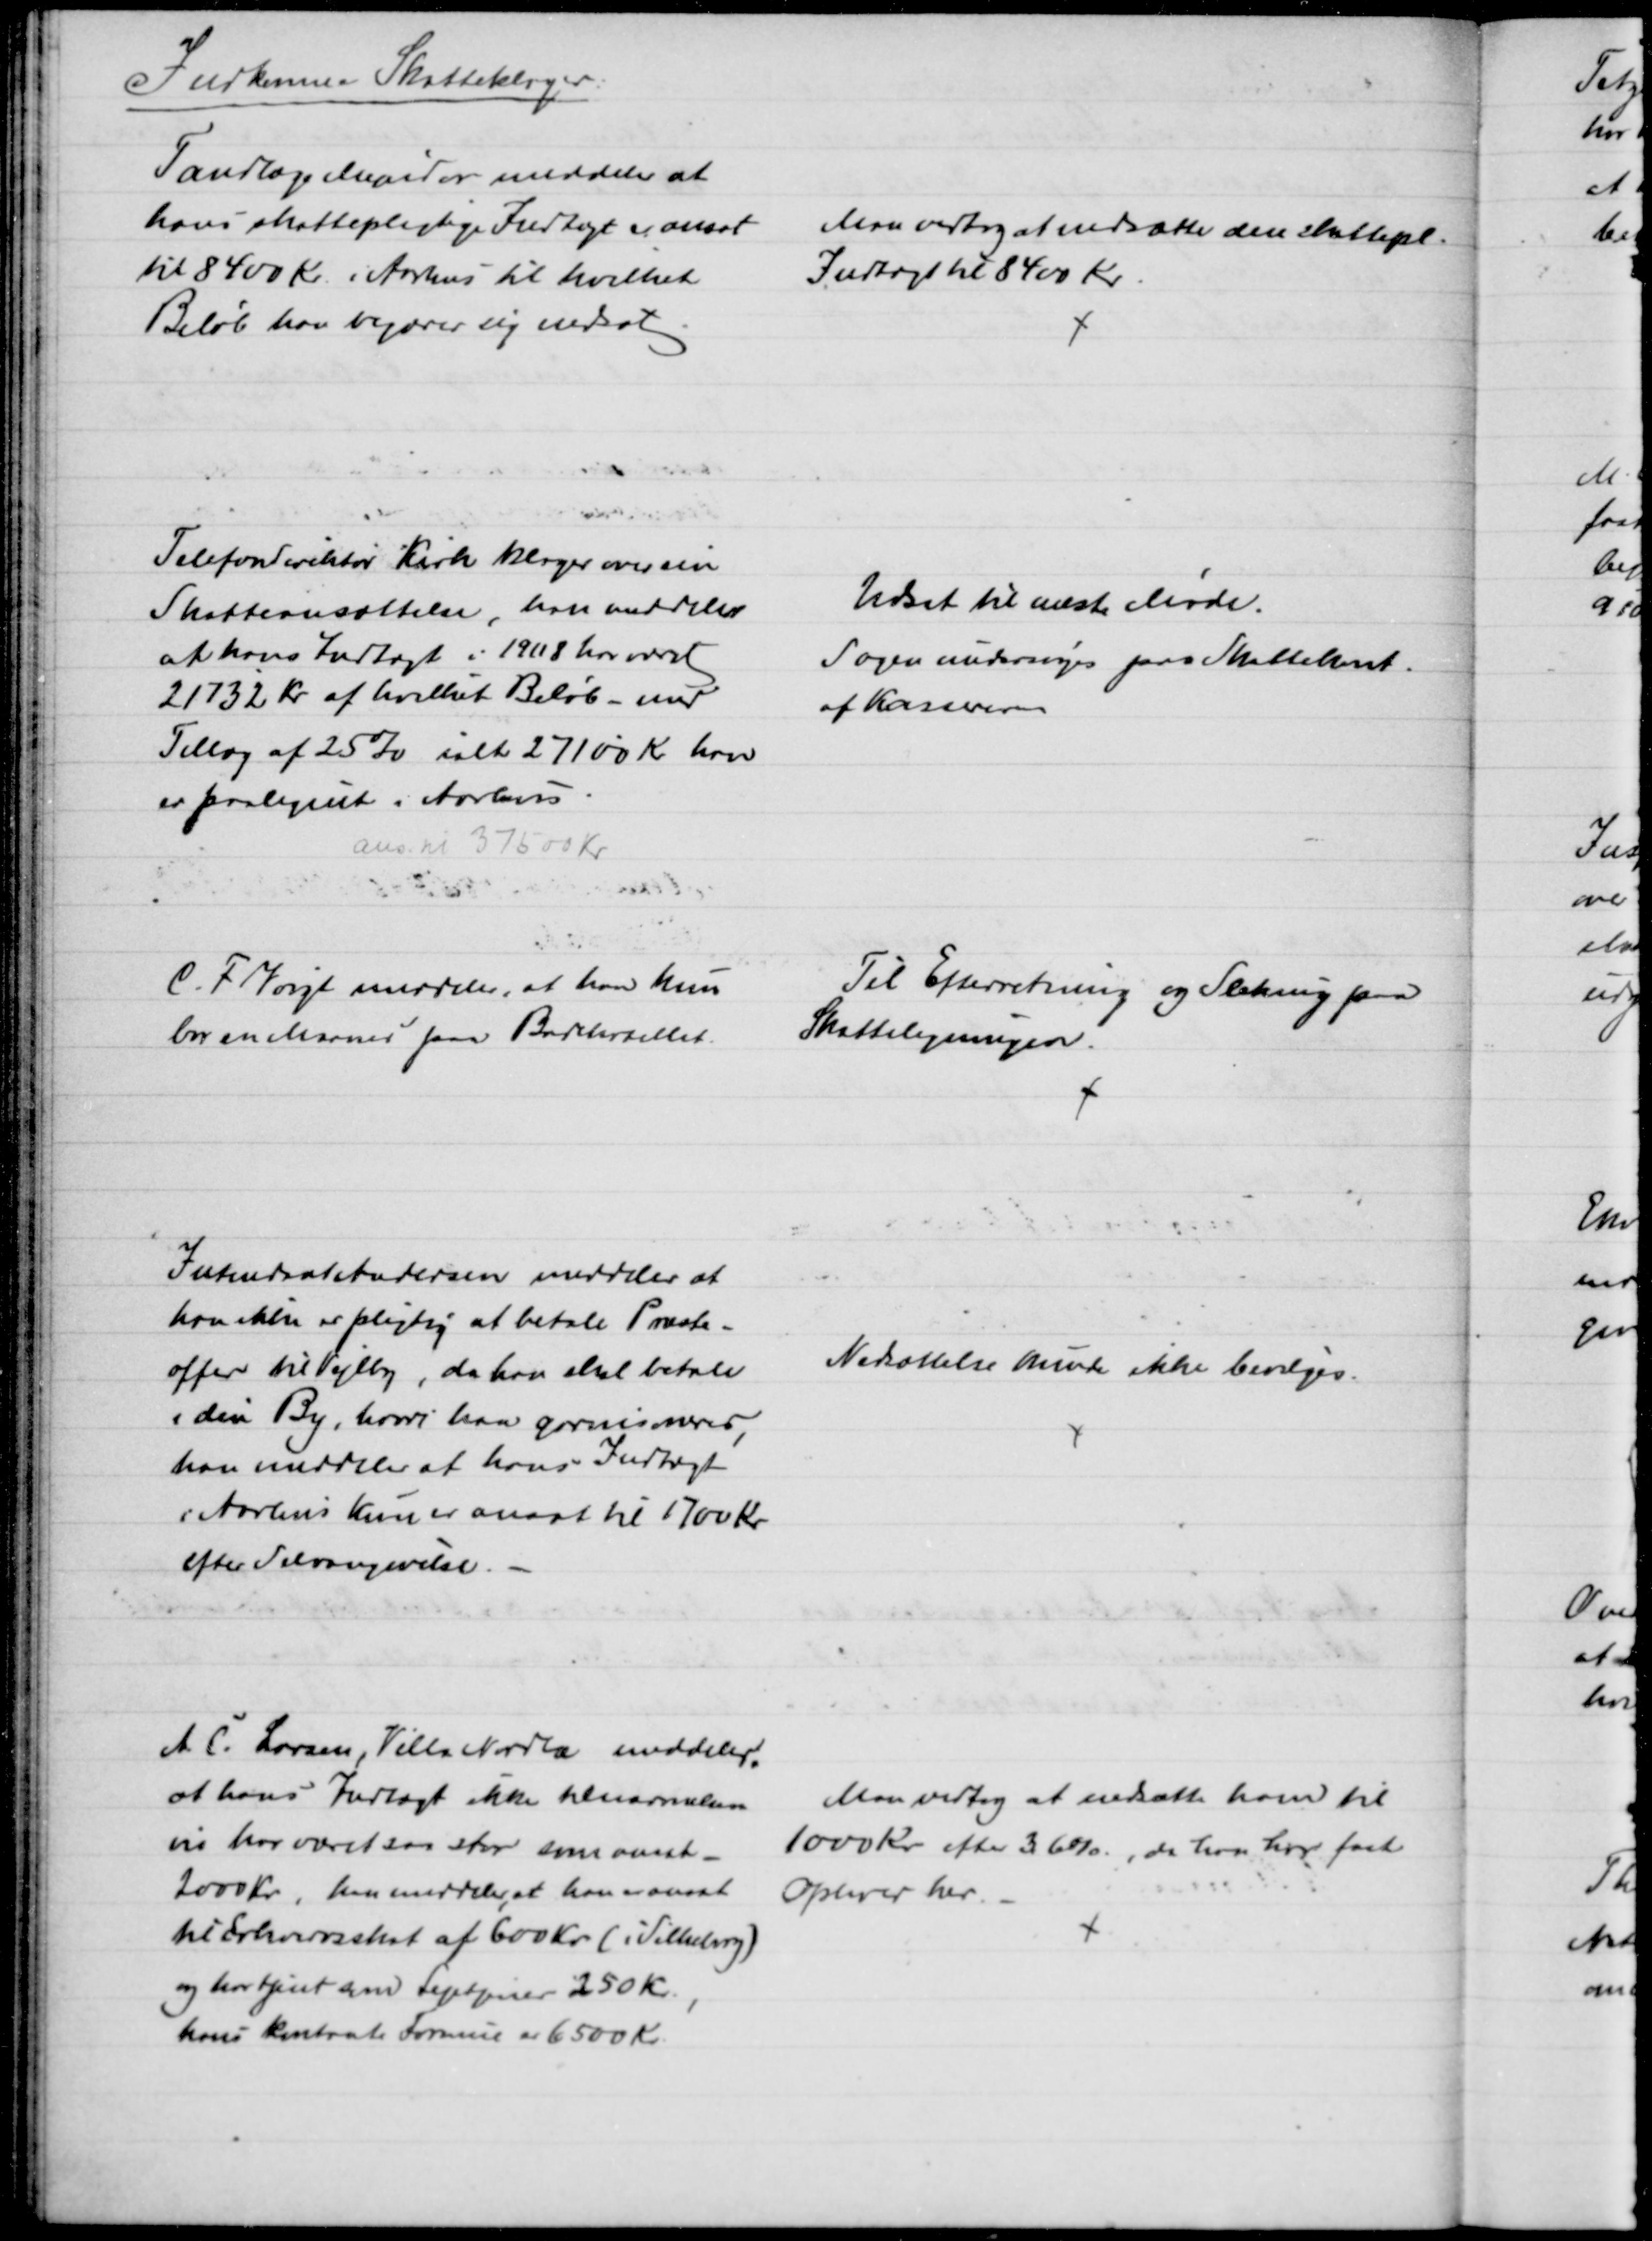
Transskription:
Indkomne Skatteklager:
Tandlæge Mejndor meddeler at
hans skattepligtige Indtægt er ansat
til 8400 Kr. i Aarhus til hvilket
Beløb har begærer sig nedsat
Man vedtog at nedsætte den skattepl.
Indtægt til 8400 Kr.
Telefondirektør Kirk klager over sin
Skatteansættelse, han meddeler
at hans Indtægt i 1908 har været
21732 Kr af hvilket Beløb - med
Tillæg af 25% ialt 27100 Kr han
er paalignet i Aarhus
ans. til 37500 Kr
Udsat til næste Møde.
Sagen undersøges paa Skattekont.
af Kassereren
C. F. Voigt meddeler, at han kun
bor en Maaned paa Badehotellet.
Til Efterretning og Slækning paa
Skatteligningen.
Intendant Andersen meddeler at
han ikke er pligtig at betale Præste-
offer til Vejlby, da han skal betale
i den By, hvori han garnisioneres
han meddeler at hans Indtægt
i Aarhus kun er ansat til 1700 Kr.
efter Selvangivelse. 
Nedsættelse kunde ikke bevilges.
A. C. Larsen, Villa Nordlæ meddeler,
at hans Indtægt ikke tilnærmelses-
vis har været saa stor som ansat
2000 Kr, han meddeler, at han er ansat
til Erhvervsskat af 600 Kr. (i Silkeborg)
og har tjent som Lejetjener 250 Kr.
hans konkrete Formue er 6500 Kr.
Man vedtog at nedsætte ham til
1000 kr. efter 3,6 %, da han har fast
Ophold her.